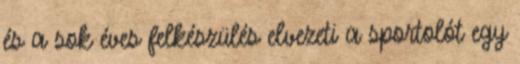
és a sok éves felkészülés elvezeti a sportolót egy